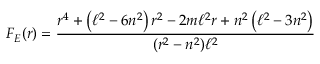
F _ { E } ( r ) = \frac { r ^ { 4 } + \left( \ell ^ { 2 } - 6 n ^ { 2 } \right) r ^ { 2 } - 2 m \ell ^ { 2 } r + n ^ { 2 } \left( \ell ^ { 2 } - 3 n ^ { 2 } \right) } { ( r ^ { 2 } - n ^ { 2 } ) \ell ^ { 2 } }